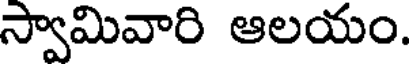
స్వామివారి ఆలయం.